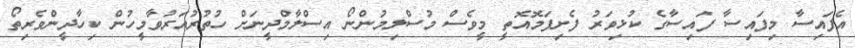
އެފައިސާ މިފައިސާ ފައިސާގެ ކުޅިވަރު ފެށިފަމޮއޮތީ މީވެސް މުސްލިމުންނޯ އިސްލާމްދީނަށް ހުތުރުއަރުވާމީހުން ކިހާދީންވެރިތޯ